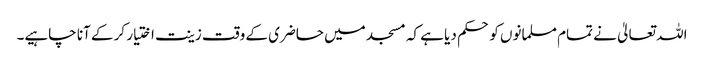
اللہ تعالیٰ نے تمام مسلمانوں کو حکم دیا ہے کہ مسجد میں حاضری کے وقت زینت اختیار کر کے آنا چاہیے۔